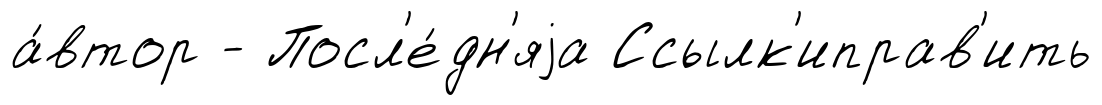
а́втор - Посл'е́дн'яjа Ссылк'иправ'ить